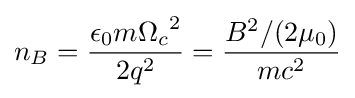
n_{B}={\frac {\epsilon _{0}m{\Omega _{c}}^{2}}{2q^{2}}}={\frac {B^{2}/(2\mu _{0})}{mc^{2}}}